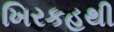
ખિરકહથી